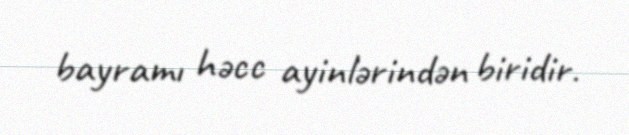
bayramı həcc ayinlərindən biridir.